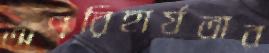
অপরিহার্যতার